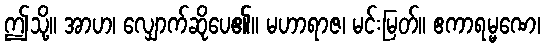
ဤသို့။ အာဟ၊ လျှောက်ဆိုပေ၏။ မဟာရာဇ၊ မင်းမြတ်။ ဧကာရမ္မဏေ၊